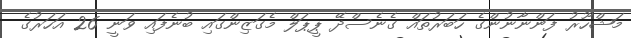
މަޝްހޫރު ފަންނާނުންގެ ހަބަރުތައް ގެނެސްދޭ ޕީޕަލް މެގަޒިންގައި ބުނެފައި ވަނީ 26 އަހަރުގެ